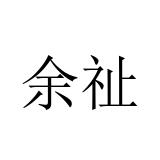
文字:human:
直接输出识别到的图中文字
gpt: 余祉